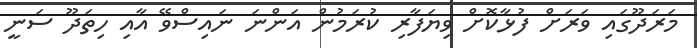
މަރަދޫގައި ވަރަށް ފުޅާކޮށް ވިޔަފާރި ކުރަމުން އަންނަ ނައިސްވޭ އާއި ހިތަދޫ ސަނީ